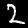
Label: 2